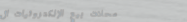
محلات بيع الإلكترونيات ال